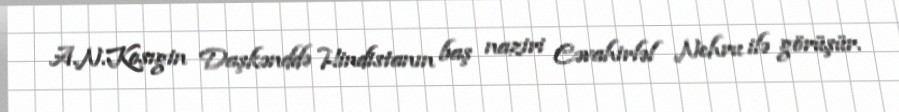
A.N.Kosıgin Daşkənddə Hindistanın baş naziri Cəvahirləl Nehru ilə görüşür.